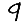
Digit: 9